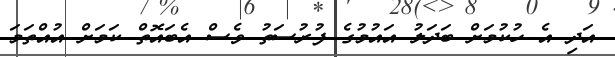
އަދި އެ ހުކުމަށް ބަދަލު އައުމުގެ ފުރުސަތު ވެސް އެބައޮތް ކަމަށް އުއްތަމަ